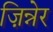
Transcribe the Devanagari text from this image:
ज़िन्नेर